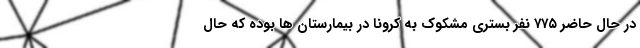
در حال حاضر ۷۷۵ نفر بستری مشکوک به کرونا در بیمارستان ها بوده که حال